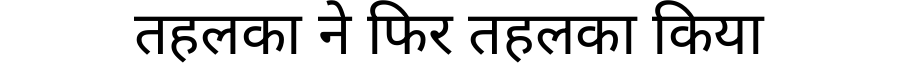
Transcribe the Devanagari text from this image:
तहलका ने फिर तहलका किया